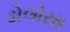
ડોલોરસ